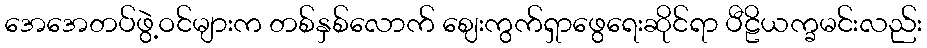
အေအေတပ်ဖွဲ့ဝင်များက တစ်နှစ်လောက် ဈေးကွက်ရှာဖွေရေးဆိုင်ရာ ပီဠိယက္ခမင်းလည်း